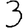
Digit: 3